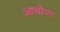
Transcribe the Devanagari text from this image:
आबोजा